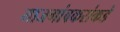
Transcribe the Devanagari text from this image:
माजगांवकरांकडे